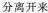
分离开来